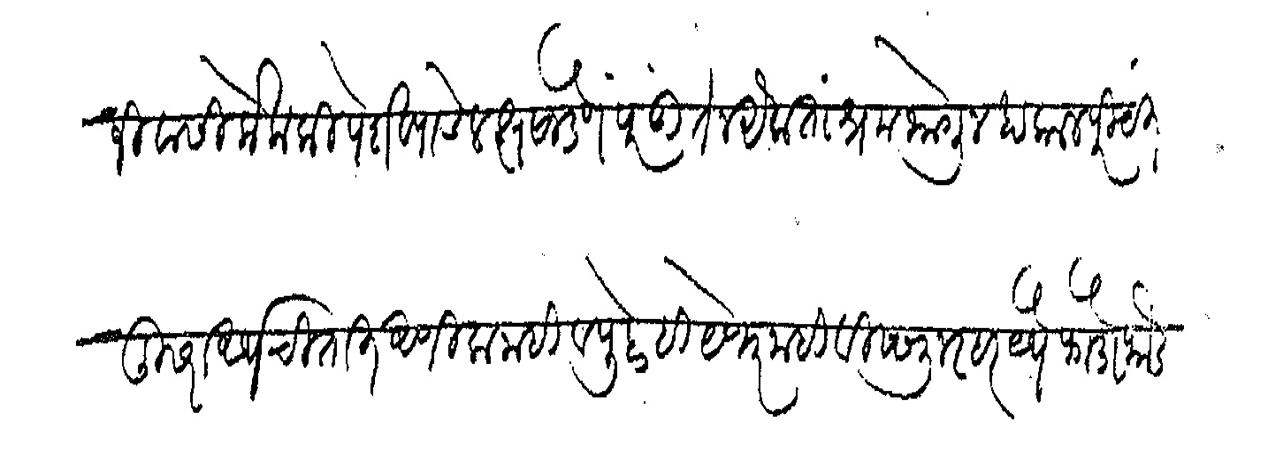
Transliteration (Devanagari): जीवासी केला कि पेशव्यांचे लक्ष सोडणे परंतु ते न ऐकता श्रम भोगून हा काल परीयंत दुसरा अर्थ चितात आणिला नाही व पुढेही येणार नाही विष्णु नरहर येथे फोडोफोड